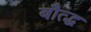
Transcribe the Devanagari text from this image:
बौत्द्ध